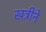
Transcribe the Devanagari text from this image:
खत्रीने